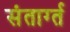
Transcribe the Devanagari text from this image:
संतार्ग्त